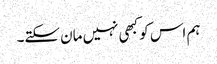
ہم اس کو کبھی نہیں مان سکتے۔